Vabadussoja_Ajaloo_Komitee, lk 12
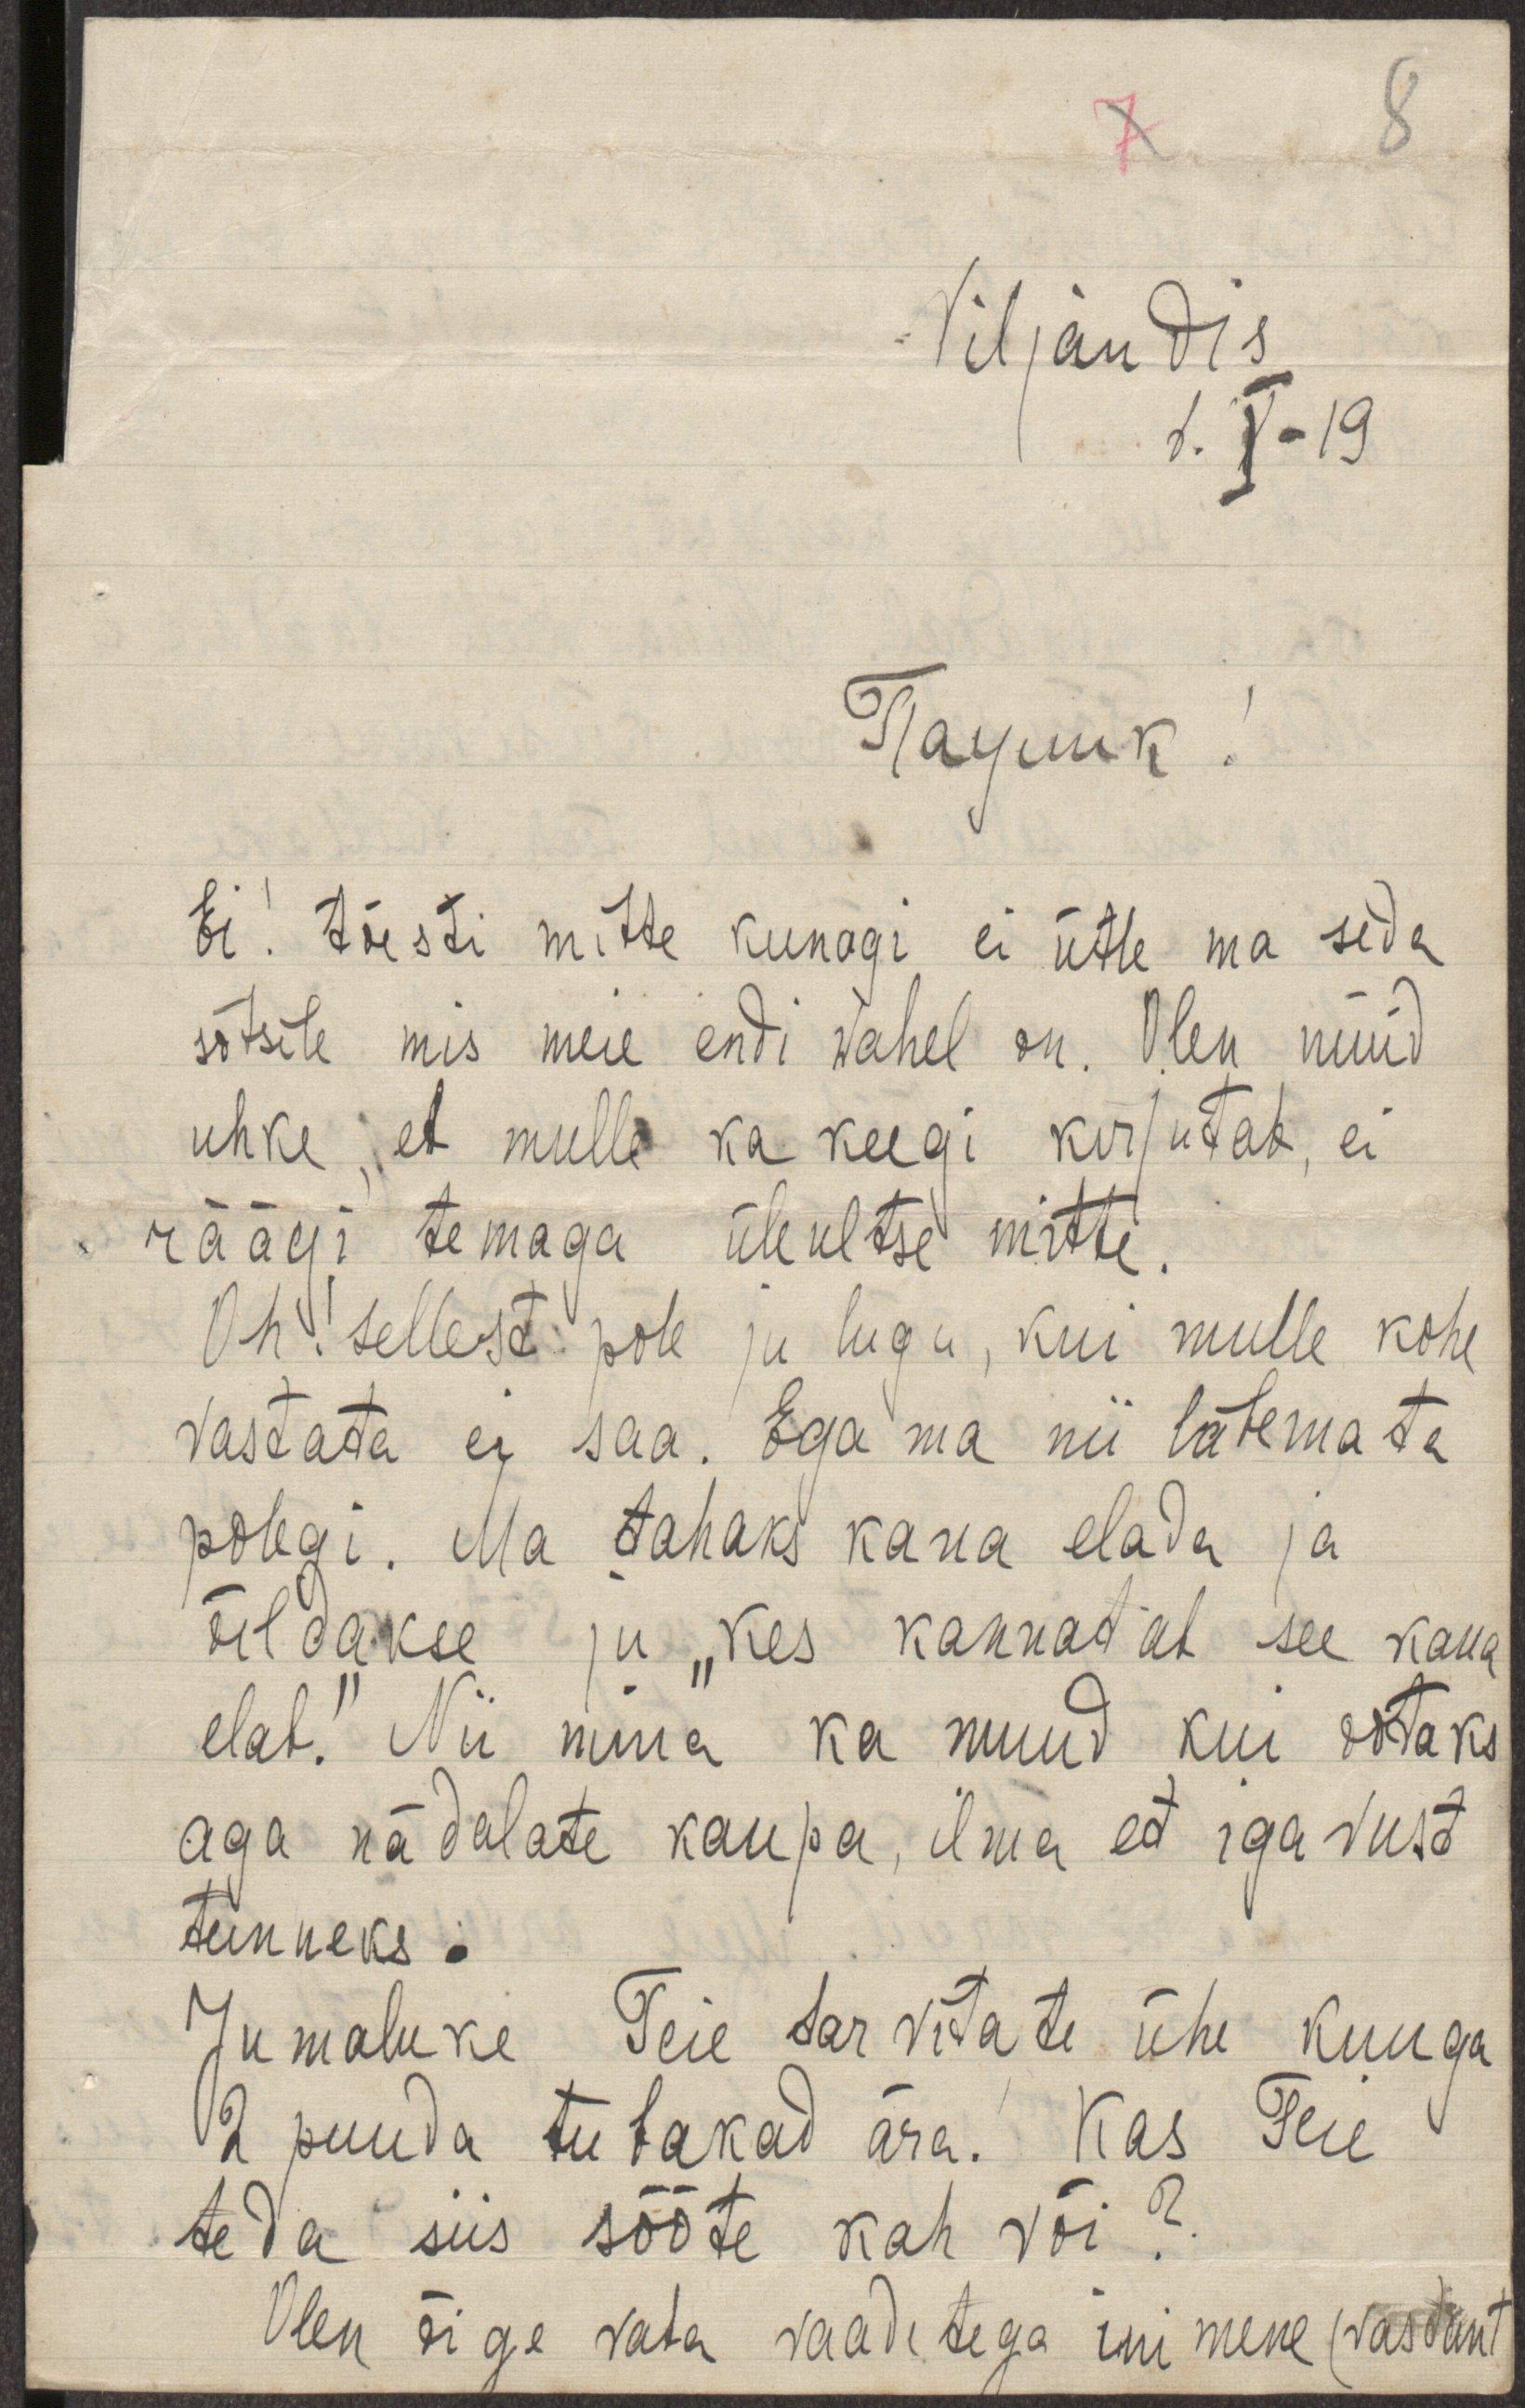
8
Viljandis
6. X-19
Паулик!
Ei! tõesti mitte kunagi ei ütle ma seda
sõtsile mis meie endi wahel on. Olen nüüd
uhke, et mulle ka keegi kirjutab, ei
räägi temaga üleultse mitte.
Oh! sellest pole ju lugu, kui mulle kohe
vastata ei saa. Ega ma nii läbemata
polegi. Ma tahaks kaua elada ja
öeldakse ju "kes kannatab see kaua
elab." Nii mina ka muud kui ootaks
aga nädalate kaupa, ilma et igavust
tunneks.
Jumaluke Teie tarvitate ühe kuuga
2 puuda tubakad ära! Kas Teie
teda siis sööte kah või?
Olen õige vaba vaadetega inimene (vasdant